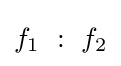
f_{1}{\mbox{ }}:{\mbox{ }}f_{2}